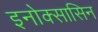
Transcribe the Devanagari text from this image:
इनोक्सासिन